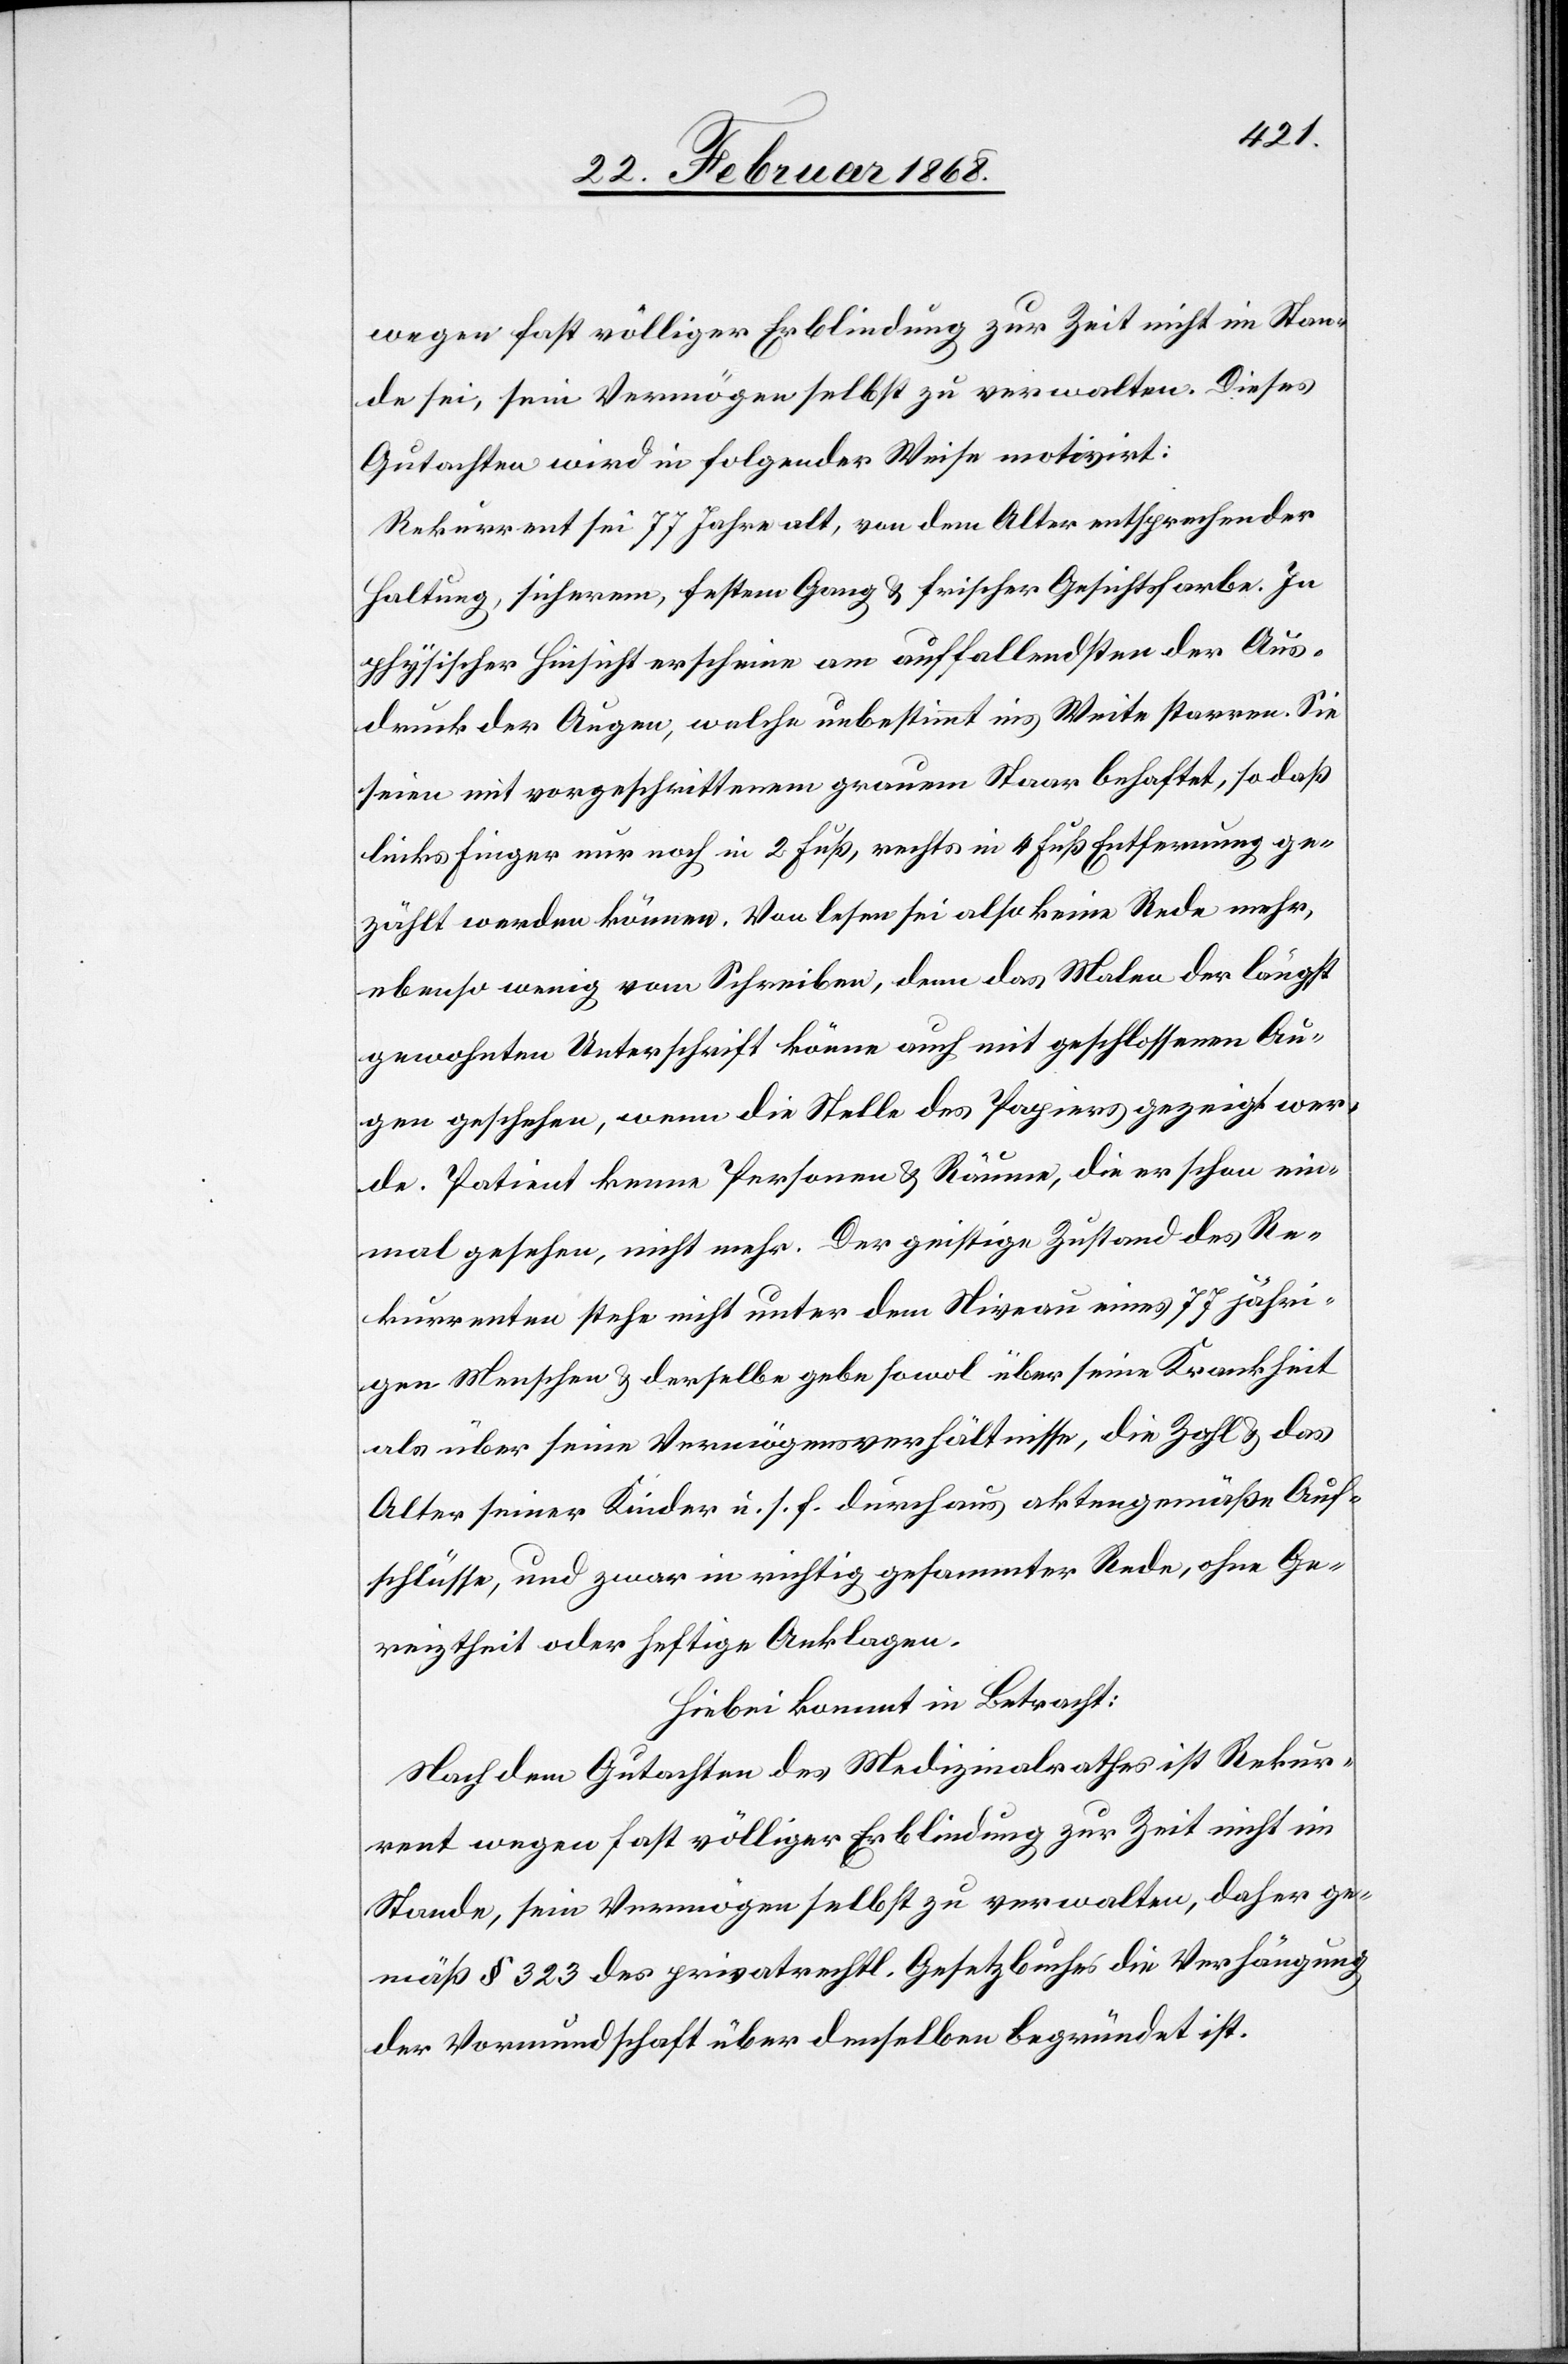
wegen fast völliger Erblindung zur Zeit nicht im Stan¬
de sei, sein Vermögen selbst zu verwalten. Dieses
Gutachten wird in folgender Weise motivirt:
Rekurrent sei 77 Jahre alt, von dem Alter entsprechender
Haltung, sicherem, festem Gang & frischer Gesichtsfarbe. In
physischer Hinsicht erscheine am auffallendsten der Aus¬
druck der Augen, welche unbestimmt ins Weite starren. Sie
seien mit vorgeschrittenem grauen Staar behaftet, so das
links Finger nur noch in 2 Fuß, rechts in 4 Fuß Entfernung ge¬
zählt werden können. Von lesen sei also keine Rede mehr,
ebenso wenig vom Schreiben, denn das Malen der längst
gewohnten Unterschrift könne auch mit geschlossenen Au¬
gen geschehen, wenn die Stelle des Papiers gezeigt wer¬
de. Patient kenne Personen & Räume, die er schon ein¬
mal gesehen, nicht mehr. Der geistige Zustand des Re¬
kurrenten stehe nicht unter dem Niveau eines 77 jähri¬
gen Menschen & derselbe gebe sowol über seine Krankheit
als über seine Vermögensverhältnisse, die Zahl & das
Alter seiner Kinder u. s. f. durchaus aktengemäße Auf¬
schlüsse, und zwar in richtig gesammter Rede, ohne Ge¬
reiztheit oder heftige Anklagen.
Hiebei kommt in Betracht:
Nach dem Gutachten des Medizinalrathes ist Rekur¬
rent wegen fast völliger Erblindung zur Zeit nicht im
Stande, sein Vermögen selbst zu verwalten, daher ge¬
mäß § 323 des privatrechtl. Gesetzbuches die Verhängung
der Vormundschaft über denselben begründet ist.